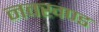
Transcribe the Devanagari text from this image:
नवखण्ड